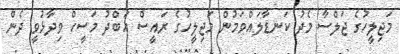
މަޖިލީހުގެ ޖަލްސާ މެދު ކަނޑާލައްވަމުން މަޖިލީހުގެ ރައީސް އަބްދު މަސީހް ވިދާޅުވީ ދެން